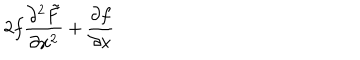
2 f \frac { \partial ^ { 2 } \tilde { F } } { \partial x ^ { 2 } } + \frac { \partial f } { \partial x }